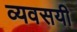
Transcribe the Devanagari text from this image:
व्यवसयी